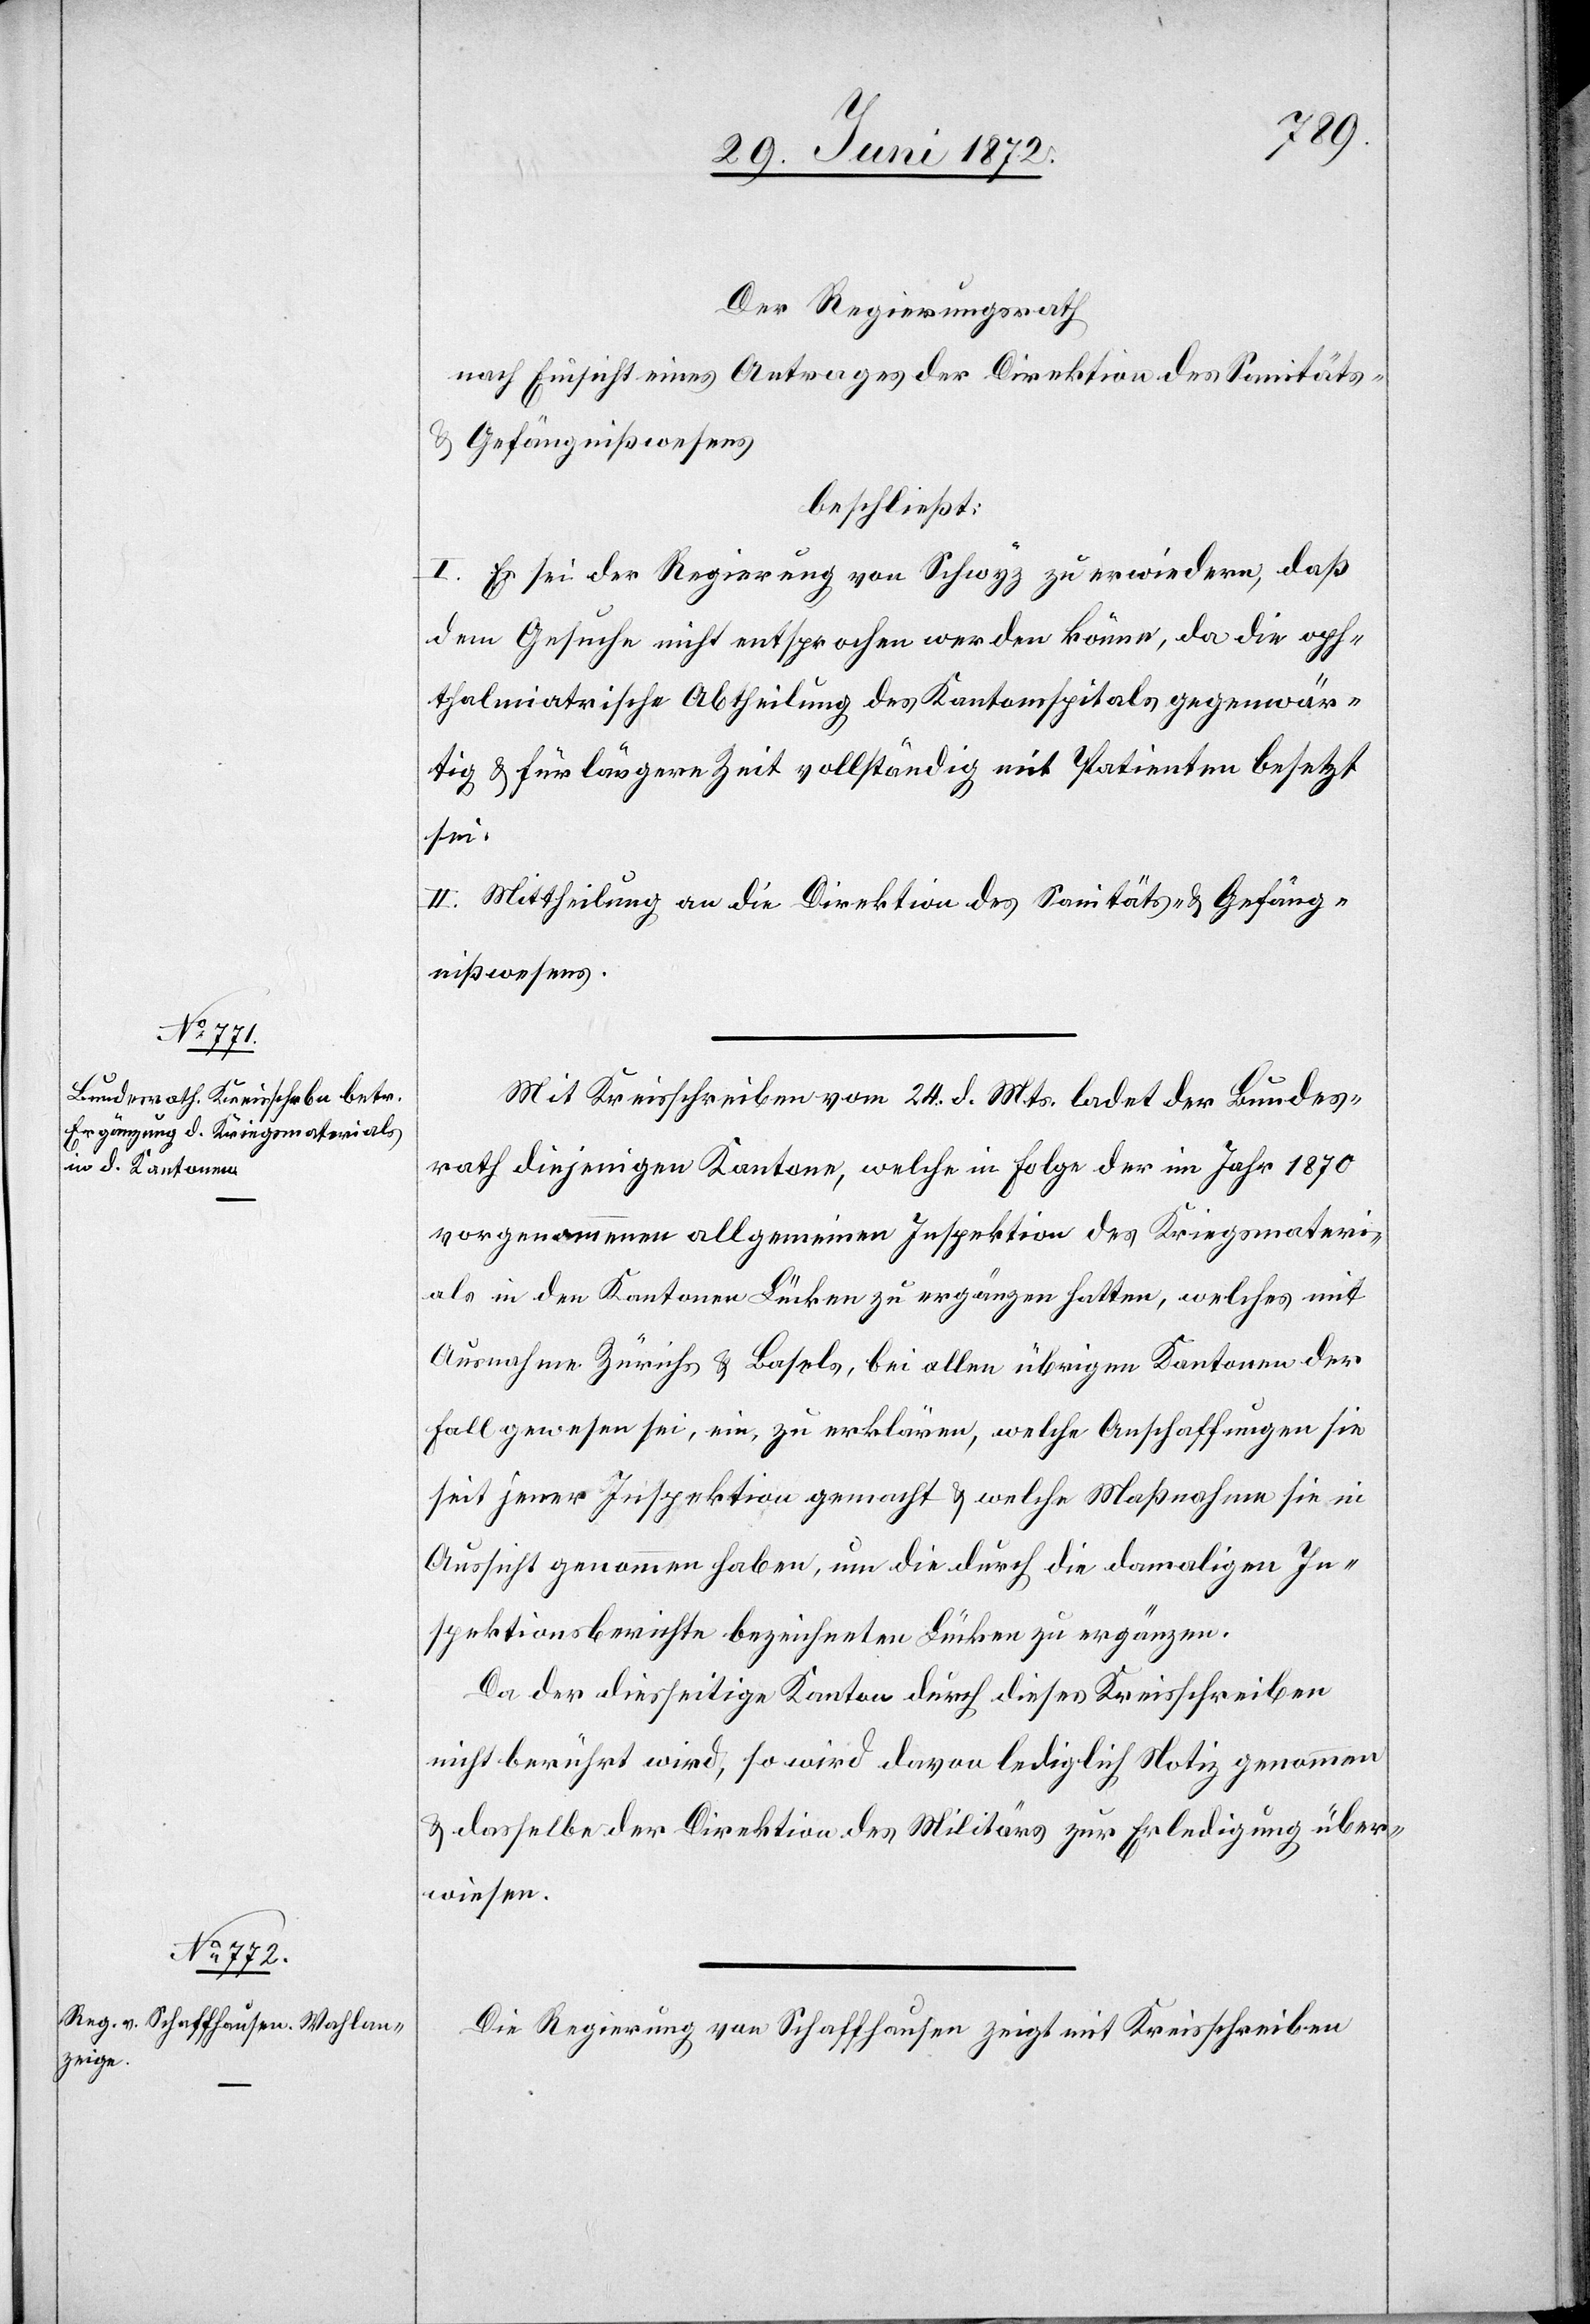
Der Regierungsrath
nach Einsicht eines Antrages der Direktion des Sanitäts-
u. Gefängnißwesens,
beschließt:
I. Es sei der Regierung von Schwyz zu erwiedern, daß
dem Gesuche nicht entsprochen werden könne, da die oph¬
thalmiatrische Abtheilung des Kantonsspitals gegenwär¬
tig u. für längere Zeit vollständig mit Patienten besetzt
sei.
II. Mittheilung an die Direktion des Sanitäts- u. Gefäng¬
nißwesens.
Mit Kreisschreiben vom 24. d. Mts. ladet der Bundes¬
rath diejenigen Kantone, welche in Folge der im Jahr 1870
vorgenommenen allgemeinen Inspektion des Kriegsmateri¬
als in den Kantonen Lücken zu ergänzen hatten, welches mit
Ausnahme Zürichs u. Basels, bei allen übrigen Kantonen der
Fall gewesen sei, ein, zu erklären, welche Anschaffungen sie
seit jener Inspektion gemacht u. welche Maßnahmen sie in
Aussicht genommen haben, um die durch die damalige In¬
spektionsberichte bezeichneten Lücken zu ergänzen.
Da der diesseitige Kanton durch dieses Kreisschreiben
nicht berührt wird, so wird davon lediglich Notiz genommen
u. dasselbe der Direktion des Militärs zur Erledigung über¬
wiesen.
Die Regierung von Schaffhausen zeigt mit Kreisschreiben